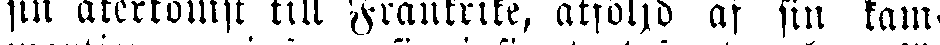
sin återkomst till Frankrike, åtföljd af sin kam-